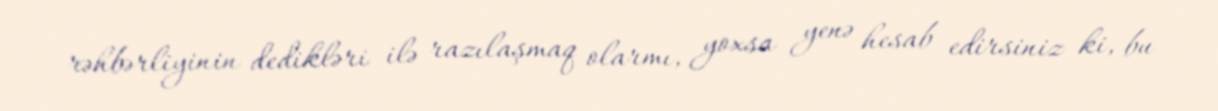
rəhbərliyinin dedikləri ilə razılaşmaq olarmı, yoxsa yenə hesab edirsiniz ki, bu